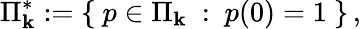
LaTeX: \Pi_{\mathbf{k}}^{*}:=\left\lbrace\ p\in\Pi_{\mathbf{k}}\ :\ p(0)=1\ \right\rbrace\, ,